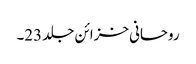
روحانی خزائن جلد 23۔